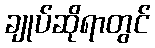
ချုပ်ဆိုရာတွင်